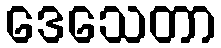
ဒေသေတာ